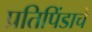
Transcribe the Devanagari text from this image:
प्रतिपिंडाचे